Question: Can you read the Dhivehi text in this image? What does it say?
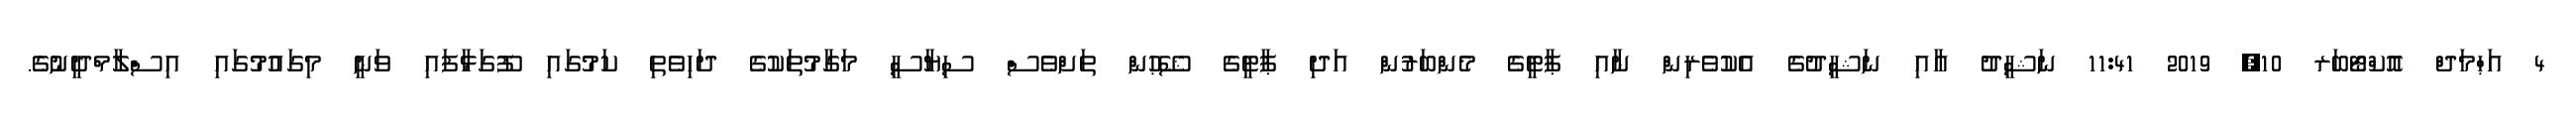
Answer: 4 އަޙްމަދް އޮކްޓޯބަރ 10, 2019 11:41 ނަޝީދު އާއި ނަޝީދުގެ އެކުވެރިން ނާއި ޕާޓީގެ މެންބަރުން އަދި ޕާޓީގެ ޝޭޙުން ތަށްވެސް ސިޔާސީ މަގާމުތަކުގެ ދަހިވެތި ކަމުގައި ފޫގަޅާފައި ވަނީ މިގައުމުގައި އިސްލާމްދީނުގެ.